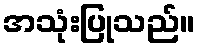
အသုံးပြုသည်။